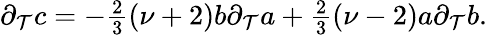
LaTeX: \partial_{\mathcal{T}}c=-{\textstyle{\frac{{2}}{{3}}}}(\nu+2)b\partial_{\mathcal{T}}a+{\textstyle{\frac{{2}}{{3}}}}(\nu-2)a\partial_{\mathcal{T}}b.